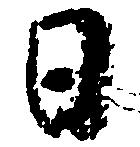
日